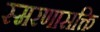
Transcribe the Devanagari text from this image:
स्मरणासक्ति